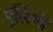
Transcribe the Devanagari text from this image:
पुलिंगों